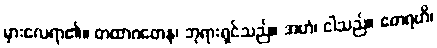
မှားလေရာ၏။ တထာဂတေန၊ ဘုရားရှင်သည်။ အဟံ၊ ငါသည်။ ဧတရဟိ၊